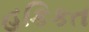
હકિકત